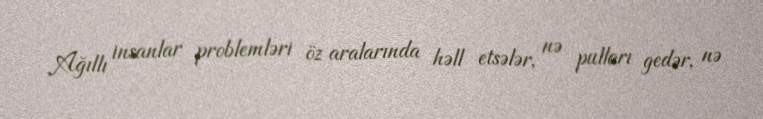
Ağıllı insanlar problemləri öz aralarında həll etsələr, nə pulları gedər, nə